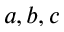
a , b , c